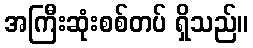
အကြီးဆုံးစစ်တပ် ရှိသည်။